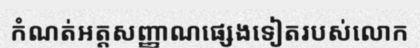
កំណត់អត្តសញ្ញាណផ្សេងទៀតរបស់លោក